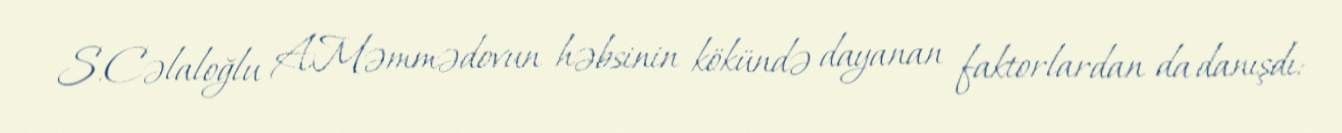
S.Cəlaloğlu A.Məmmədovun həbsinin kökündə dayanan faktorlardan da danışdı: